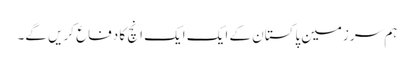
ہم سرزمین پاکستان کے ایک ایک انچ کا دفاع کریں گے۔